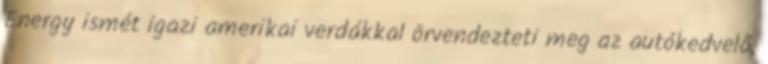
Energy ismét igazi amerikai verdákkal örvendezteti meg az autókedvelő,